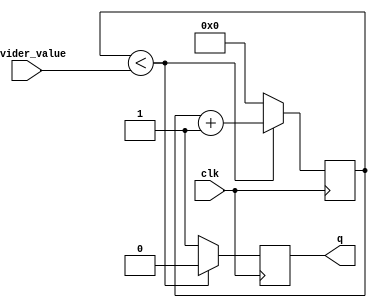
module clock_divider (
    input clk,
    input [7:0] divider_value,
    output reg q
);

reg [7:0] count;

always @ (posedge clk) begin
    if (count < divider_value) begin
        count <= count + 1;
        q <= 0;
    end else begin
        count <= 0;
        q <= 1;
    end
end

endmodule